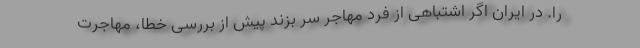
را. در ایران اگر اشتباهی از فرد مهاجر سر بزند پیش از بررسی خطا، مهاجرت